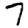
Digit: 7